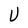
Character: U